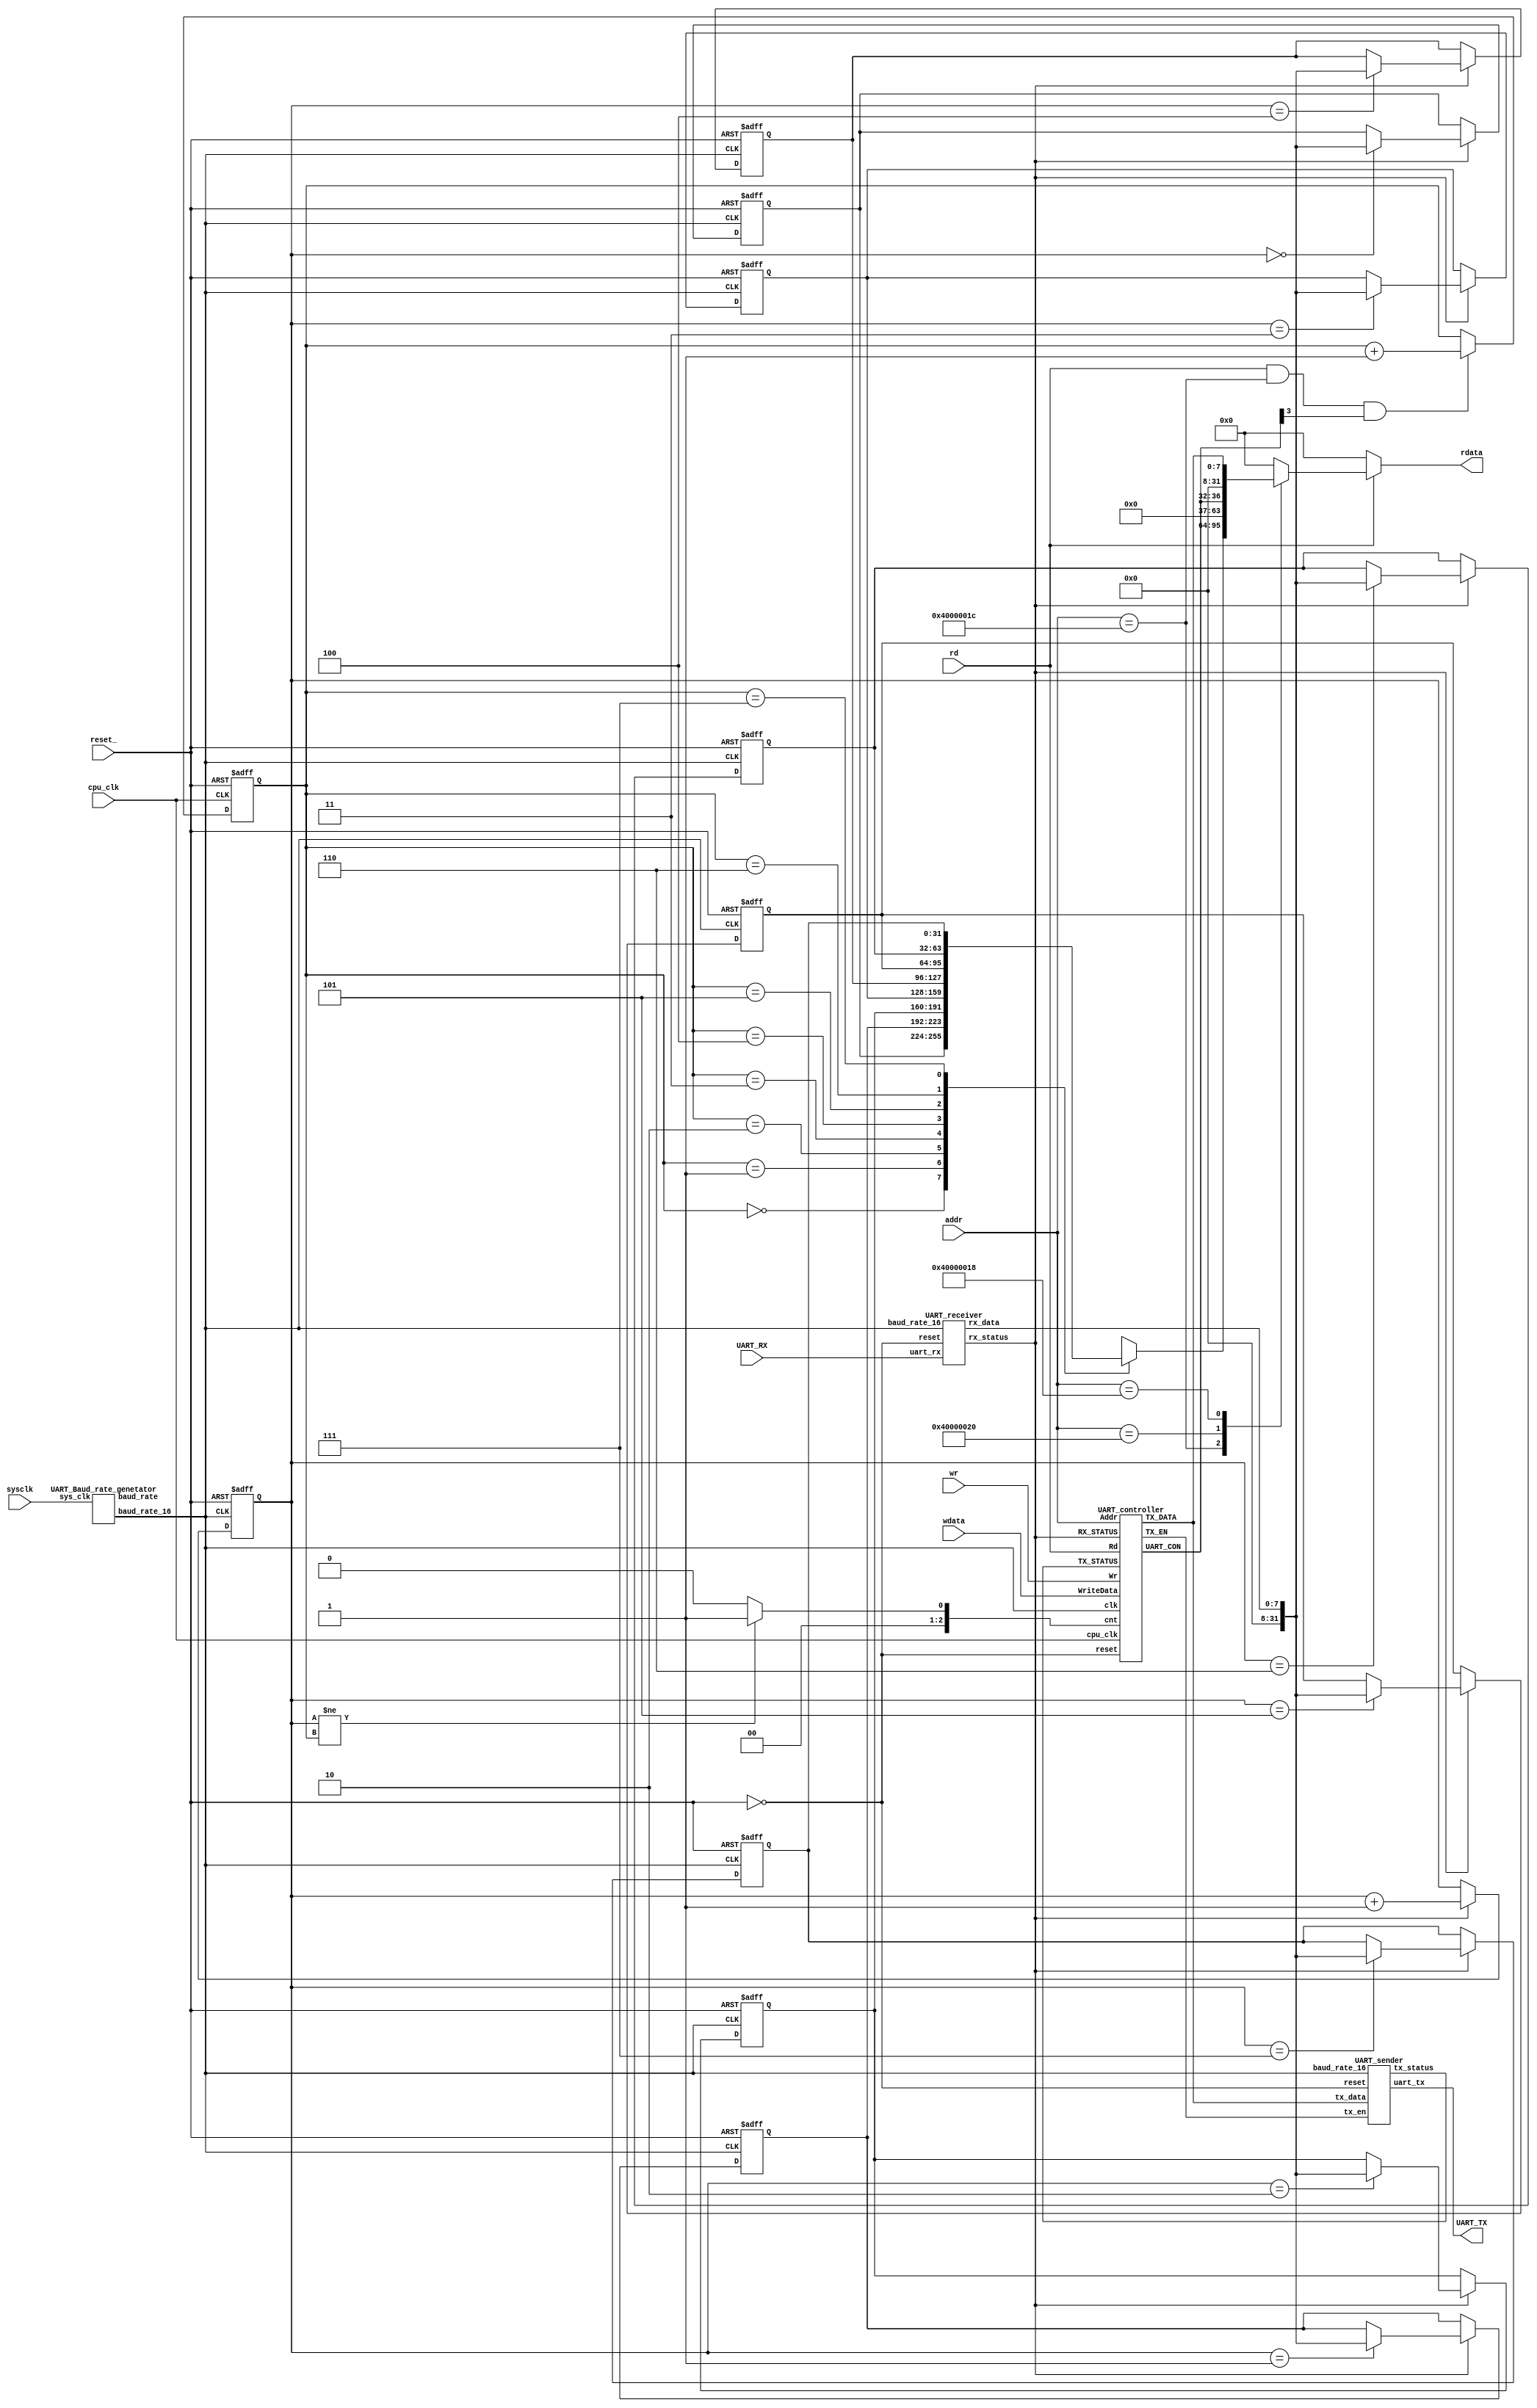
`timescale 1ns/1ps
module UART_top(reset_,sysclk,cpu_clk,rd,wr,addr,wdata,UART_RX,UART_TX,rdata);
input reset_,sysclk,cpu_clk,rd,wr,UART_RX;
input [31:0] addr,wdata;
output UART_TX;
output reg [31:0] rdata;
wire reset,baud_rate_16,baud_rate,rx_status,tx_en,tx_status;

reg [31:0] UART_DATA[7:0];
reg [2:0] number_1,number_2;

wire [4:0] uart_con;
wire [7:0] rx_data,UART_TXD;
wire [3:0] temp;
wire [2:0] count;
assign temp=4'd8;
assign count=(number_1!=number_2)?1:0;
assign reset=~reset_;


integer i;
always@(posedge baud_rate_16 or posedge reset)
begin
  if(reset) begin
      number_1<=0;
for(i=0;i<8;i=i+1) UART_DATA[i]<=0;
    end
  else if(rx_status)begin
  UART_DATA[number_1]<=rx_data;number_1<=number_1+1;
end
else;
end

always@(posedge cpu_clk or posedge reset)
begin
  if(reset) number_2<=0;
  else if(rd&&addr==32'h4000001c&&uart_con[3]) number_2<=number_2+1;
  else;
end
      

always@(*)
begin
  if(rd)
    case(addr)
    32'h4000001c: rdata={24'd0,UART_DATA[number_2]};
    32'h40000020: rdata={27'b0,uart_con}; 
    32'h40000018: rdata={24'b0,UART_TXD};
    default:rdata=0;
    endcase
    else rdata=0;
    end
       
UART_Baud_rate_genetator gen(.sys_clk(sysclk),.baud_rate_16(baud_rate_16),
			.baud_rate(baud_rate));
UART_sender send(.tx_data(UART_TXD),.tx_en(tx_en),
		.baud_rate_16(baud_rate_16),.reset(reset),
		.uart_tx(UART_TX),.tx_status(tx_status));
UART_receiver rec(.uart_rx(UART_RX),.baud_rate_16(baud_rate_16),.reset(reset),.rx_data(rx_data),.rx_status(rx_status));
UART_controller contro(.clk(baud_rate_16),.cpu_clk(cpu_clk),.reset(reset),.RX_STATUS(rx_status),.TX_STATUS(tx_status),
.Addr(addr),.Wr(wr),.Rd(rd),.WriteData(wdata),.cnt(count),.TX_EN(tx_en),
.UART_CON(uart_con),.TX_DATA(UART_TXD));

		
endmodule
		
module UART_Baud_rate_genetator(sys_clk,baud_rate_16,baud_rate);

input sys_clk;
output reg baud_rate_16,baud_rate;

reg [8:0] num1;
reg [2:0] num2;

initial 
begin
num1<=0;
num2<=0;
baud_rate_16<=0;
baud_rate<=0;
end

always@(posedge sys_clk)
begin
 if(num1==162) 
  begin
   num1<=0;
   baud_rate_16<=~baud_rate_16;
  end
else num1<=num1+1;
end

always @(posedge baud_rate_16)
begin
if(num2==7)
 begin
  num2<=0;
  baud_rate<=~baud_rate;
 end 
else num2<=num2+1;
end


endmodule


module UART_controller(clk,cpu_clk,reset,RX_STATUS,TX_STATUS,Addr,Wr,Rd,WriteData,cnt,TX_EN,UART_CON,TX_DATA);
  input clk,reset,cpu_clk;
  input RX_STATUS;
  input TX_STATUS;
  input [31:0] Addr;
  input Wr,Rd;
  input [31:0] WriteData;
  input [2:0] cnt;
  output reg TX_EN;
  output [4:0] UART_CON;
  output reg [7:0] TX_DATA;
  
wire UART_CON4;
reg [2:0] UART_CONx;
reg newdata_available;
  
assign UART_CON4=~TX_STATUS;
assign UART_CON={UART_CON4,cnt,UART_CONx};
assign rst_con2=reset||TX_STATUS;

always@(posedge cpu_clk or posedge reset)
begin
  if(reset)
    TX_EN<=0; 
  else if(Addr==32'h40000018&Wr)
    begin
      TX_EN<=1;
      TX_DATA<=WriteData[7:0];
    end
  else if(TX_EN) TX_EN<=0;
end
   
always@(posedge clk or posedge rst_con2)
    begin
      if(rst_con2)
        UART_CONx[2]<=1'b1;
      else if(Addr==32'h40000020&&Wr) UART_CONx[2]<=WriteData[2];
      else if(Addr==32'h40000018&&Rd) UART_CONx[2]<=1'b0;
      else;
    end
always@(posedge clk or posedge reset)
      begin
        if(reset) UART_CONx[0]<=1;
        else if(Addr==32'h40000020&&Wr) UART_CONx[0]<=WriteData[0];
        else;
      end
        
always@(posedge clk or posedge reset)
        begin
          if(reset) UART_CONx[1]<=1;
          else if(Addr==32'h40000020&&Wr) UART_CONx[1]<=WriteData[1];
        end
          
          


endmodule


module UART_receiver(
input uart_rx,
input baud_rate_16,
input reset,
output reg [7:0] rx_data,
output reg rx_status
);

reg enable;
reg [3:0] cnt;
reg [3:0] num;
reg [7:0] data;

initial
begin 
enable<=0;
cnt<=0;
num<=0;
data<=0;
rx_data<=0;
rx_status<=0;

end
always@(posedge reset,posedge baud_rate_16)
begin
  if(reset)
    begin
    enable<=0;
    cnt<=0;
    num<=0;
    rx_data<=0;
    rx_status<=0;
    end
  else
    begin
    if(!(uart_rx)&!(enable)) enable<=1;
    if(enable)
       begin
       if(!num)
         begin
         if(cnt==7) 
           begin
           cnt<=0;
           num<=1;
           end
         else cnt<=cnt+1;
         end
       if((num!=0)&(num!=10))
         begin
         if(cnt==15)
           begin
           cnt<=0;
           data[num-1]<=uart_rx;
           num<=num+1;
           end
         else 
           begin
           cnt<=cnt+1;
           end
         end
       if(num==10)
         begin         
           enable<=0;
           num<=0;
           cnt<=0;
           rx_data<=data;
           rx_status<=1; 
         end
       end
    if(!enable) rx_status<=0;
    end
end
endmodule

`timescale 1ns/1ps
module UART_sender( tx_data,tx_en,baud_rate_16,reset,uart_tx,tx_status);

input [7:0] tx_data;
input tx_en;
input baud_rate_16;
input reset;
output reg uart_tx;
output reg tx_status;
reg [3:0] count,counting;
reg signal_sender;

initial
  begin
  uart_tx<=1;
  tx_status<=1;
  signal_sender<=0;
  count<=0;
  counting<=0;
  end

always@(posedge tx_en,posedge baud_rate_16)
  begin
  if(tx_en)
    begin
    signal_sender<=1;
    tx_status<=0;
    end
  else
    if(signal_sender)
    begin
      if(counting==15)
        begin
        count=count+1;
        counting<=0;
        end
      else counting<=counting+1;
      if(counting==0)
        begin
        if(count==0) uart_tx<=0;
        if((count!=0)&(count<9)) uart_tx<=tx_data[count-1];
        if(count==9)
          begin 
          count<=0;
          counting<=0;
          tx_status<=1;
          signal_sender<=0;
          uart_tx<=1;
          end
      end
    end
    else
    uart_tx<=1;
  end
endmodule